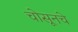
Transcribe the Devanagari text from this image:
चोसूनचे